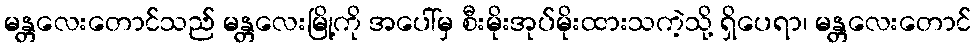
မန္တလေးတောင်သည် မန္တလေးမြို့ကို အပေါ်မှ စီးမိုးအုပ်မိုးထားသကဲ့သို့ ရှိပေရာ၊ မန္တလေးတောင်